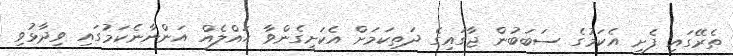
ތެރޭގައި ފެށި އެކަމުގެ ސަބަބުން ޖާގައިގެ ދަތިކަމަށް އެކަށީގެންވާ ޙައްލެއް އަންނާނެކަމުގައި ވިދާޅުވި